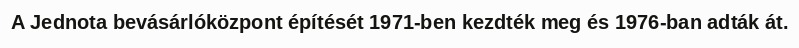
A Jednota bevásárlóközpont építését 1971-ben kezdték meg és 1976-ban adták át.